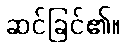
ဆင်ခြင်၏။